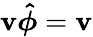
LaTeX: \mathbf{v}\boldsymbol{\hat{{\phi}}}=\boldsymbol{\mathbf{v}}